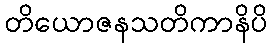
တိယောဇနသတိကာနိပိ